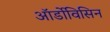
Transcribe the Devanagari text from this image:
ऑर्डोविसिन